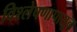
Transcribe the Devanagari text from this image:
विश्लेषणापासून